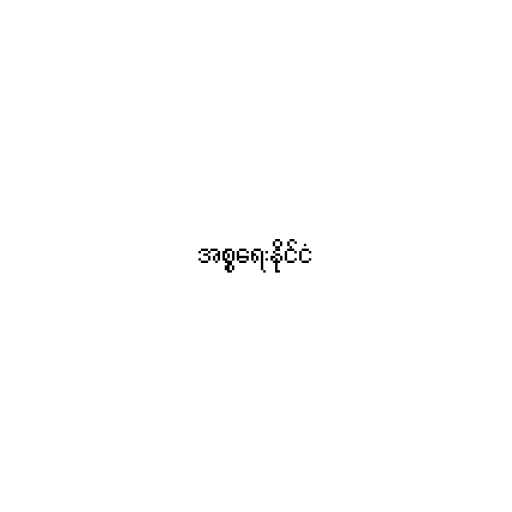
အစ္စရေးနိုင်ငံ